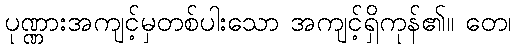
ပုဏ္ဏားအကျင့်မှတစ်ပါးသော အကျင့်ရှိကုန်၏။ တေ၊